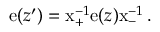
\mathrm { e } ( z ^ { \prime } ) = \mathrm { x } _ { + } ^ { - 1 } \mathrm { e } ( z ) \mathrm { x } _ { - } ^ { - 1 } \, .